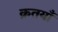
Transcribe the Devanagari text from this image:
क्रतयाँ